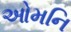
ઓમનિ